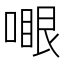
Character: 𠽗